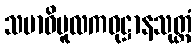
သမာဓိမူလကဝုဋ္ဌာနသုတ္တံ